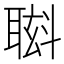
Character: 𮋸